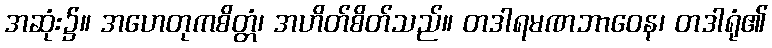
အဆုံး၌။ အဟေတုကစိတ္တံ၊ အဟိတ်စိတ်သည်။ တဒါရမဏဘာဝေန၊ တဒါရုံ၏